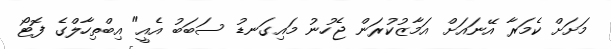
މަށަށް ކެމަރާ އޭނައަށް އަމާޒުކުރަން ޖެހުނު މައިގަނޑު ސަބަބު އެއީ" އިބްތިހާލްގެ ފޮޓޯ